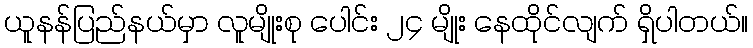
ယူနန်ပြည်နယ်မှာ လူမျိုးစု ပေါင်း ၂၄ မျိုး နေထိုင်လျက် ရှိပါတယ်။